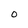
Character: 0